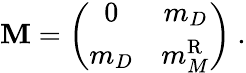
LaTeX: {\cal{\mathbf{M}}}=\left(\begin{array}{cc}{{0}}&{{m_{D}}}\\ {{m_{D}}}&{{m_{M}^{\mathrm{R}}}}\end{array}\right)~.